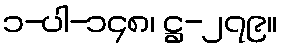
၁-ပါ-၁၄၈၊ ဋ္ဌ-၂၇၉။